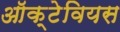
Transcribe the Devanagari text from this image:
ऑक्टेवियस